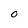
Character: 0